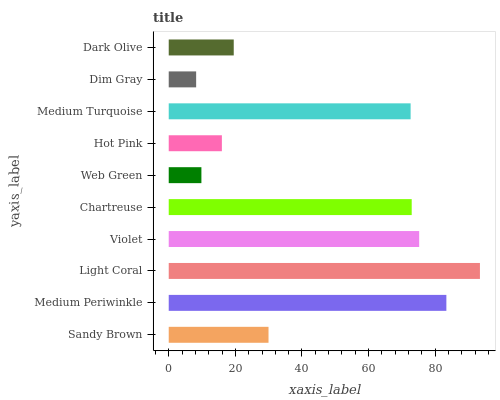
| yaxis_label | bars |
 | --- | --- |
 | Sandy Brown | 30 |
 | Medium Periwinkle | 83.3 |
 | Light Coral | 93.4 |
 | Violet | 75.2 |
 | Chartreuse | 72.9 |
 | Web Green | 9.81 |
 | Hot Pink | 16 |
 | Medium Turquoise | 72.6 |
 | Dim Gray | 8.23 |
 | Dark Olive | 19.5 |